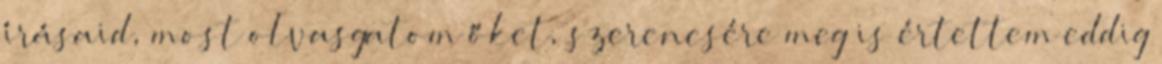
írásaid, most olvasgatom őket, szerencsére meg is értettem eddig